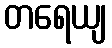
တရေယျ